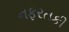
નફરતકી